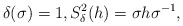
\begin{align*} \delta(\sigma)=1, S_{\delta}^{2}(h)=\sigma h \sigma ^{-1},\end{align*}